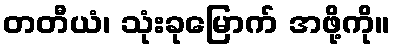
တတီယံ၊ သုံးခုမြောက် အဖို့ကို။